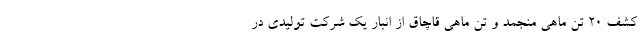
کشف ۲۰ تن ماهی منجمد و تنِ ماهی قاچاق از انبار یک شرکت تولیدی در